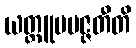
ယတ္ထူပပဇ္ဇတီတိ